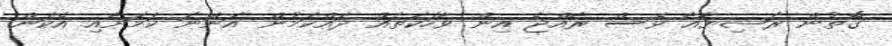
ގޮތުން ރަޝިޔާއާ ވެސް ރާއްޖެ އިން ވާހަކަތައް ދައްކަމުން އަންނަ ކަމަށާއި އެކަން